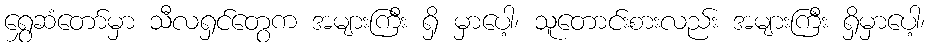
ရွှေဆံတော်မှာ သီလရှင်တွေက အများကြီး ရှိ မှာပေါ့၊ သူတောင်းစားလည်း အများကြီး ရှိမှာပေါ့၊